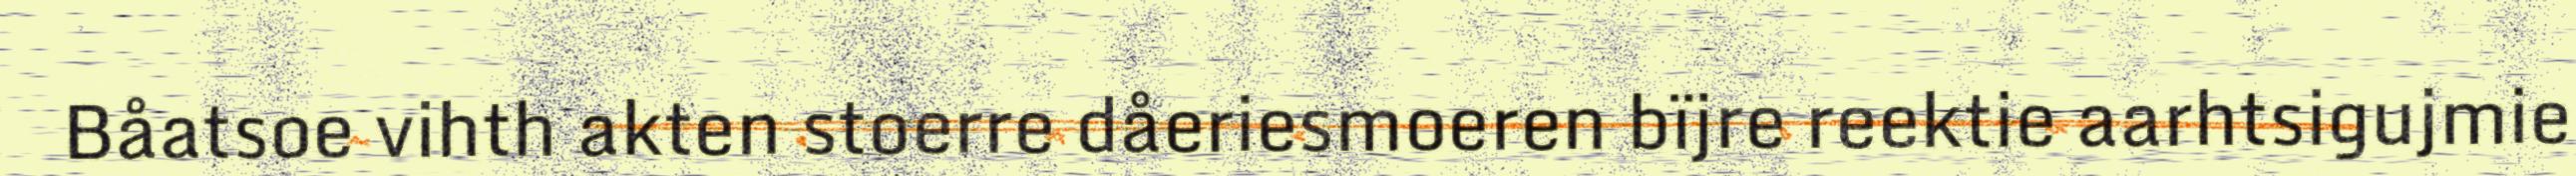
Båatsoe vihth akten stoerre dåeriesmoeren bïjre reektie aarhtsigujmie